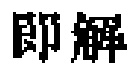
即解